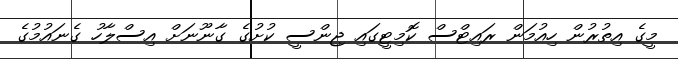
މީގެ އިތުރުން ހިއުމަން ރައިޓްސް ކޮމިޓީގައި ޖިންސީ ކުށުގެ ގާނޫނަށް އިސްލާހު ގެނައުމުގެ